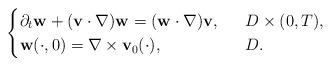
LaTeX: \begin{align*}\begin{cases}\partial_t\mathbf{w}+(\mathbf{v}\cdot \nabla)\mathbf{w}=(\mathbf{w}\cdot \nabla)\mathbf{v},\ \ &D\times (0,T),\\\mathbf{w}(\cdot, 0)=\nabla\times \mathbf{v}_0(\cdot), \ \ &D.\end{cases}\end{align*}